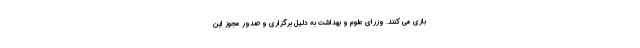
بازی می کنند. وزرای علوم و بهداشت به دلیل برگزاری و صدور مجوز این